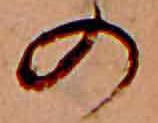
の